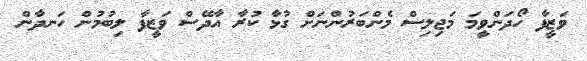
ވަޒީފާ ހޯދަންވީމަ މަޖިލިސް މެންބަރުންނަށް ގުޅާ ކުރާ އާދޭސް ވަޒީފާ ލިބުމުން ހަނދާން